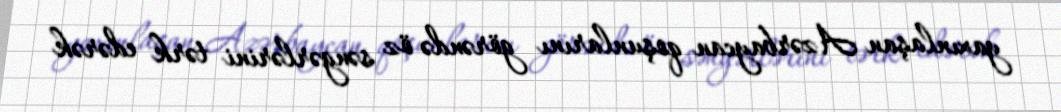
yaxınlaşan Azərbaycan qoşunlarını görəndə öz səngərlərini tərk edərək